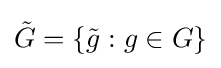
{\tilde {G}}=\{{\tilde {g}}:g\in G\}